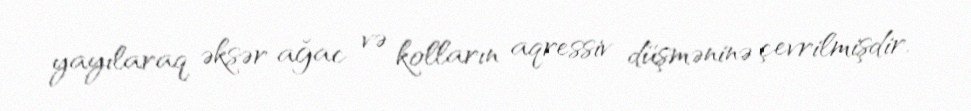
yayılaraq əksər ağac və kolların aqressiv düşməninə çevrilmişdir.